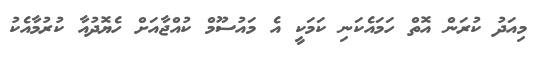
މިއަދު ކުރަން އޮތް ހަމައެކަނި ކަމަކީ އެ މައުސޫމް ކުއްޖާއަށް ހެޔޮދުއާ ކުރުމާއެކު